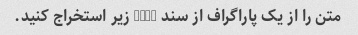
متن را از یک پاراگراف از سند HTML زیر استخراج کنید.